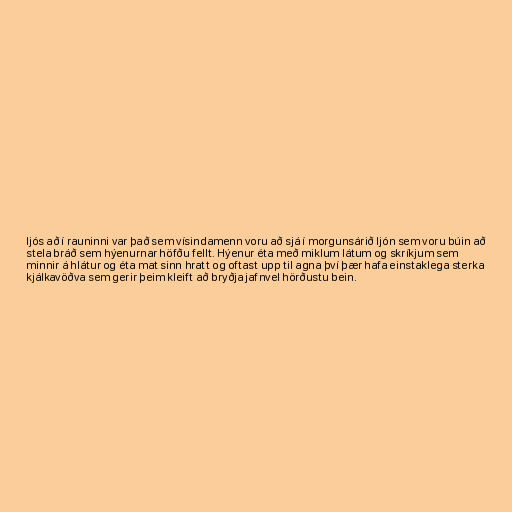
ljós að í rauninni var það sem vísindamenn voru að sjá í morgunsárið ljón sem voru búin að
stela bráð sem hýenurnar höfðu fellt. Hýenur éta með miklum látum og skríkjum sem
minnir á hlátur og éta mat sinn hratt og oftast upp til agna því þær hafa einstaklega sterka
kjálkavöðva sem gerir þeim kleift að bryðja jafnvel hörðustu bein.